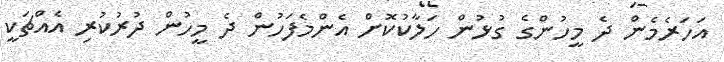
އަހަރެމެން ދެ މީހުންގެ ގުޅުން ހަލާކުކޮށް އެންމެފަހުން ދެ މީހުން ދުރުކުރި އެއްޗަކީ